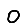
Digit: 0